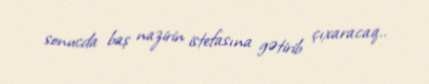
sonucda baş nazirin istefasına gətirib çıxaracaq..